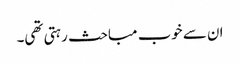
ان سے خوب مباحث رہتی تھی۔